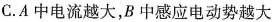
C. A中电流越大，B 中感应电动势越大